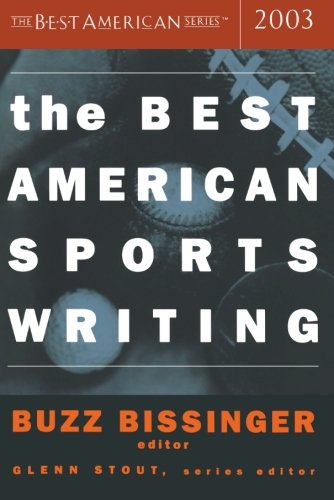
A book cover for The Best American Sports Writing 2003 (The Best American Series); Sports & Outdoors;